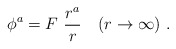
\begin{align*}\phi^a=F\ \frac{r^a}{r}\quad (r\rightarrow \infty )\ .\end{align*}